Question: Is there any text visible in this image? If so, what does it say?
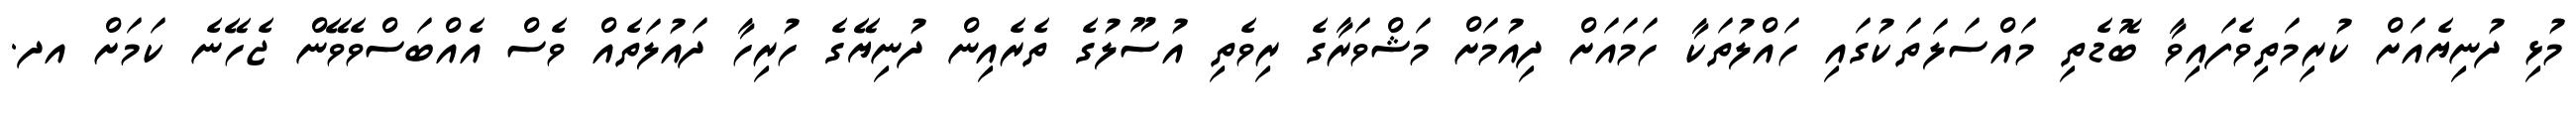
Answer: މުޅި ދުނިޔެއަށް ކުރިމަތިވެފައިވާ ބޮޑެތި މައްސަލަތަކުގައި ހައްލުތަކާ ހަމައަށް ދިއުމަށް މަޝްވަރާގެ ރިވެތި އުސޫލުގެ ތެރެއިން ދުނިޔޭގެ ހުރިހާ ދައުލަތެއް ވެސް އެއްބަސްވެވޭން ޖެހޭނެ ކަމަށް އދ.